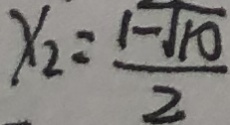
x _ { 2 } = \frac { \sqrt { - 1 0 } } { 2 }